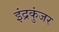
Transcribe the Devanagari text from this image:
इंद्रकुंजर